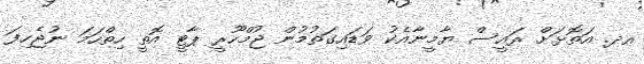
އދ. އަތޮޅަށް ރައީސް ޔާމީނާއެކު ވަޑައިގަތުމުން ޖުމްހޫރީ ޕާޓީ އޮތީ ހިތްހަމަ ނުޖެހިފަ